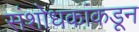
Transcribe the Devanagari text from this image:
संशोधकांकडून